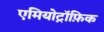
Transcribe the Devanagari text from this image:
एमियोट्रॉफ़िक